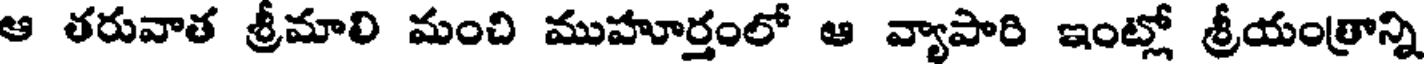
ఆ తరువాత శ్రీమాలి మంచి ముహూర్తంలో ఆ వ్యాపారి ఇంట్లో శ్రీయంత్రాన్ని